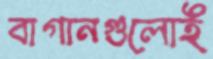
বাগানগুলোই